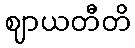
ဈာယတီတိ